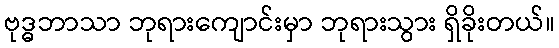
ဗုဒ္ဓဘာသာ ဘုရားကျောင်းမှာ ဘုရားသွား ရှိခိုးတယ်။